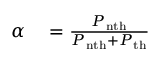
\begin{array} { r l } { \alpha } & { { } = \frac { P _ { \mathrm { n t h } } } { P _ { \mathrm { n t h } } + P _ { \mathrm { t h } } } } \end{array}